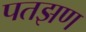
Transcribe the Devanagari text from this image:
पतझण